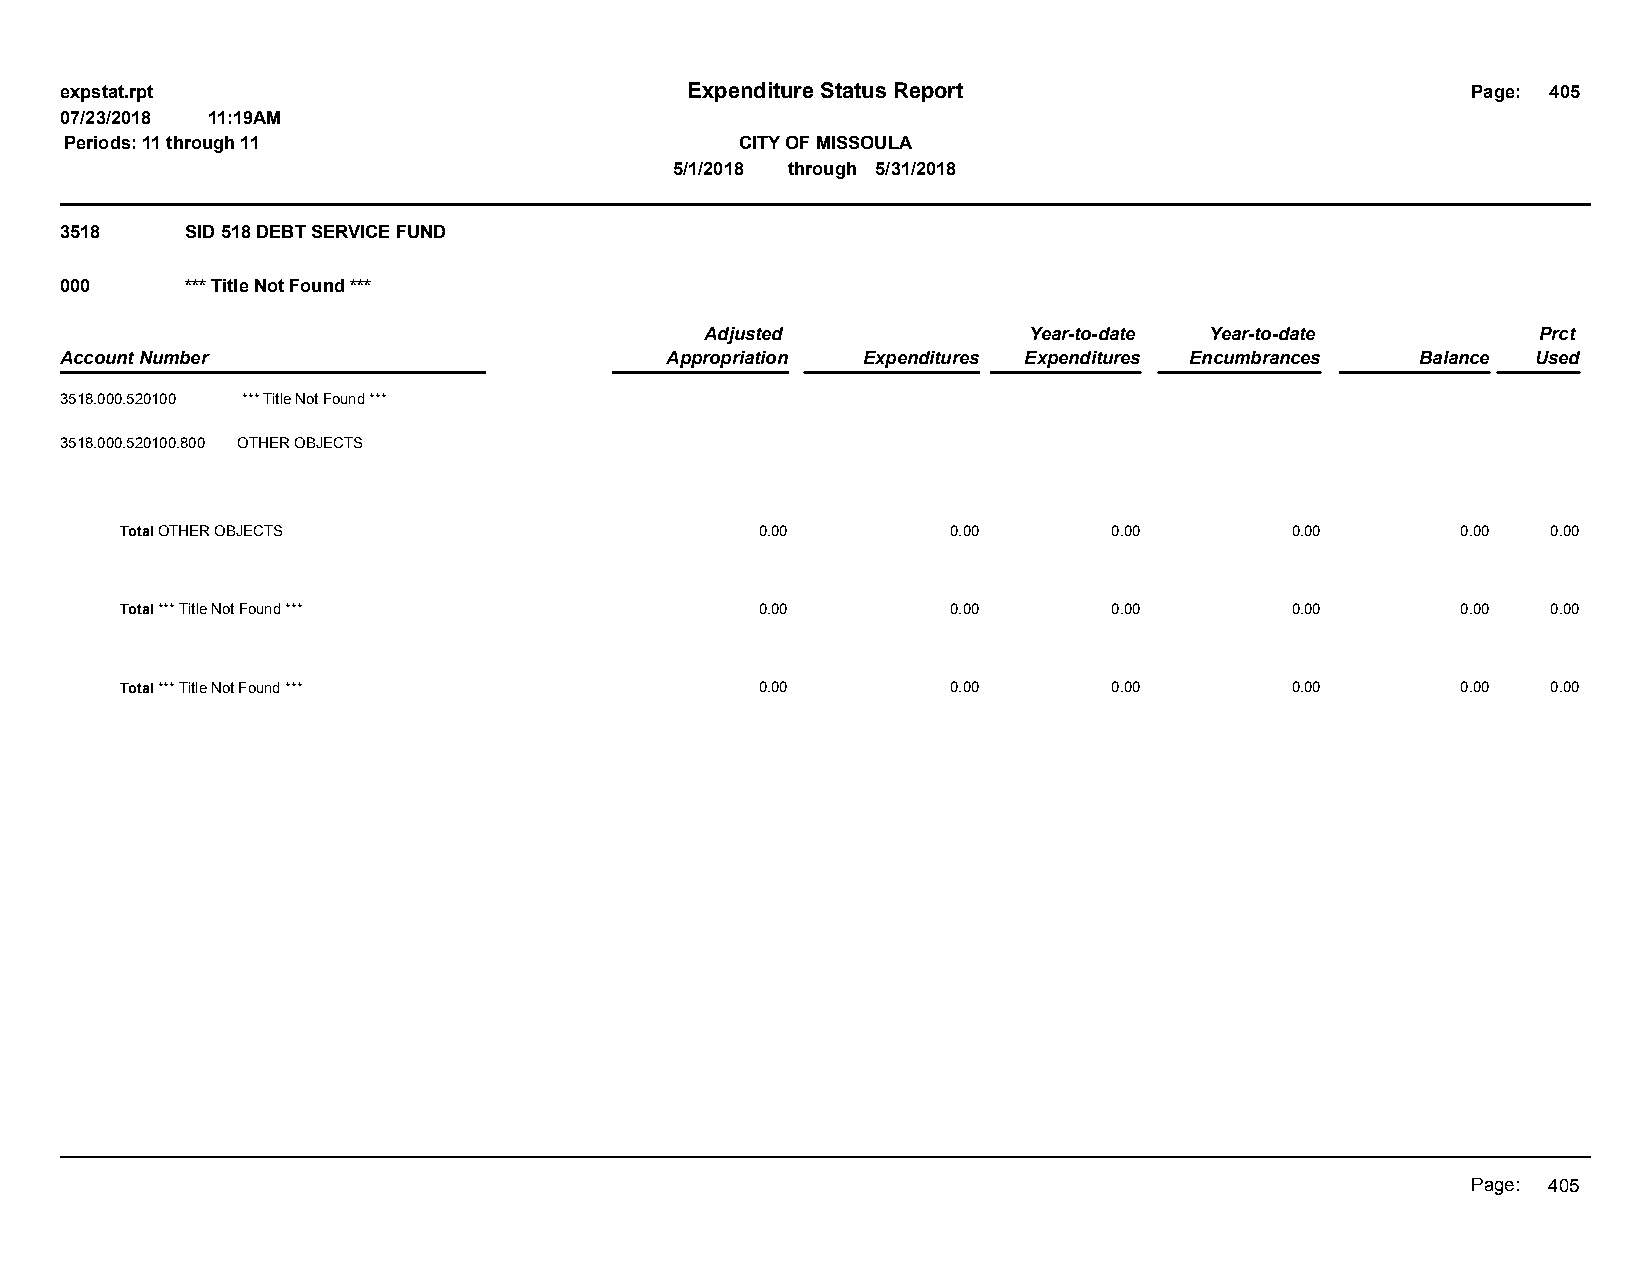
expstat.rpt                              Expenditure Status Report                           Page: 405
 07/23/2018 11:19AM
 Periods: 11 through 11                       CITY OF MISSOULA
 5/1/2018 through 5/31/2018
 3518    SID 518 DEBT SERVICE FUND
 000     *** Title Not Found ***
 Adjusted             Year-to-date Year-to-date         Prct
 Account Number                          Appropriation Expenditures Expenditures Encumbrances Balance Used
 3518.000.520100 *** Title Not Found ***
 3518.000.520100.800 OTHER OBJECTS
 Total OTHER OBJECTS                       0.00         0.00       0.00       0.00        0.00  0.00
 Total *** Title Not Found ***             0.00         0.00       0.00       0.00        0.00  0.00
 Total *** Title Not Found ***             0.00         0.00       0.00       0.00        0.00  0.00
 Page: 405